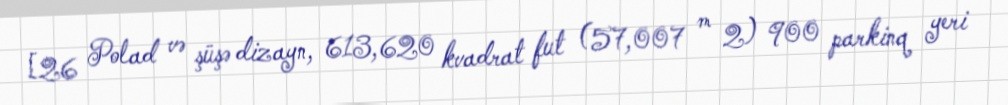
[26 Polad və şüşə dizayn, 613,620 kvadrat fut (57,007 m 2) 900 parkinq yeri